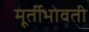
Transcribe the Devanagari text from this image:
मूर्तीभोवती